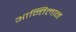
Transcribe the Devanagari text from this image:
आन्तिलान